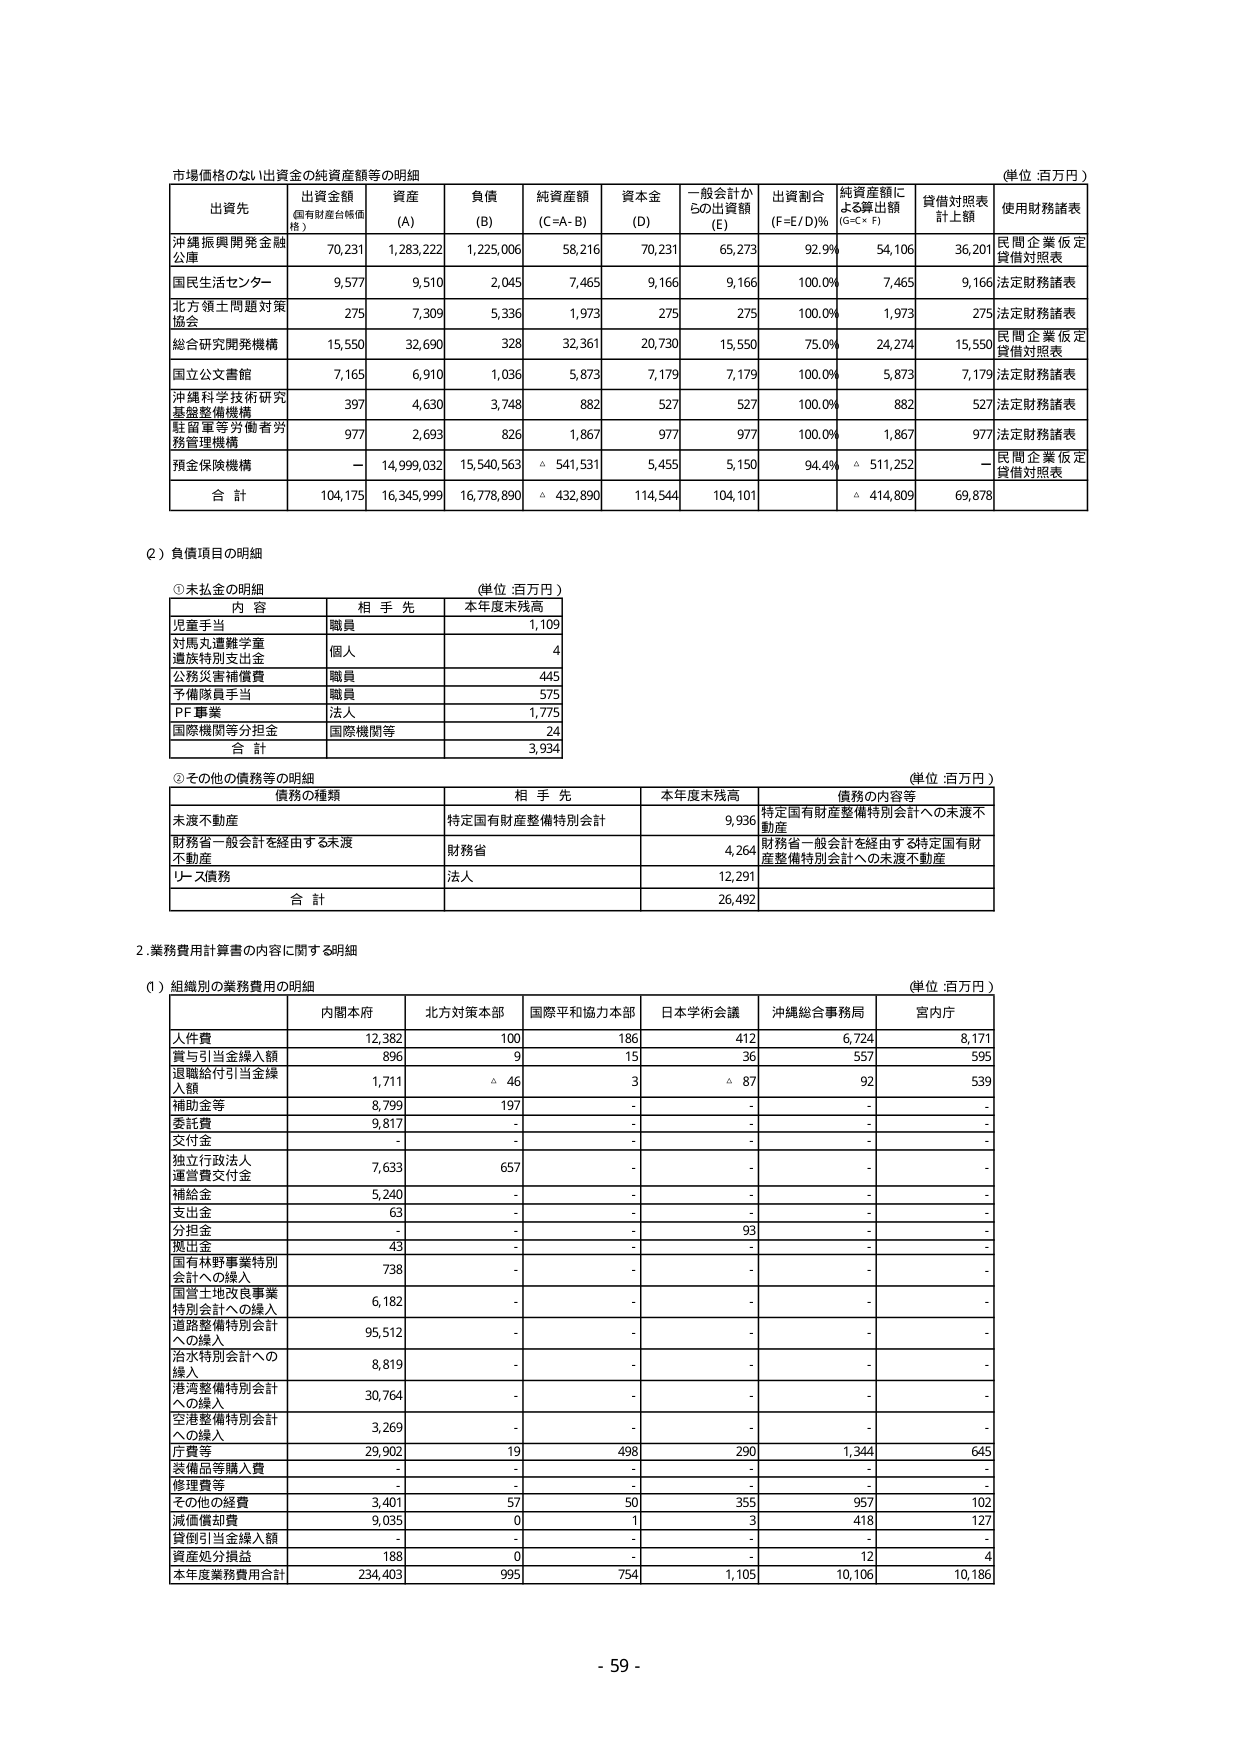
市場価格のない出資金の純資産額等の明細
(単位：百万円)

出資先 | 出資金額 (国有財産台帳価格) | 資産 (A) | 負債 (B) | 純資産額 (C=A-B) | 資本金 (D) | 一般会計からの出資額 (E) | 出資割合 (F=E/D)% | 純資産額による算出額 (G=C×F) | 貸借対照表計上額 | 使用財務諸表
--- | --- | --- | --- | --- | --- | --- | --- | --- | --- | ---
沖縄振興開発金融公庫 | 70,231 | 1,283,222 | 1,225,006 | 58,216 | 70,231 | 65,273 | 92.9% | 54,106 | 36,201 | 民間企業仮定貸借対照表
国民生活センター | 9,577 | 9,510 | 2,045 | 7,465 | 9,166 | 9,166 | 100.0% | 7,465 | 9,166 | 法定財務諸表
北方領土問題対策協会 | 275 | 7,309 | 5,336 | 1,973 | 275 | 275 | 100.0% | 1,973 | 275 | 法定財務諸表
総合研究開発機構 | 15,550 | 32,690 | 328 | 32,361 | 20,730 | 15,550 | 75.0% | 24,274 | 15,550 | 民間企業仮定貸借対照表
国立公文書館 | 7,165 | 6,910 | 1,036 | 5,873 | 7,179 | 7,179 | 100.0% | 5,873 | 7,179 | 法定財務諸表
沖縄科学技術研究基盤整備機構 | 397 | 4,630 | 3,748 | 882 | 527 | 527 | 100.0% | 882 | 527 | 法定財務諸表
駐留軍等労働者労務管理機構 | 977 | 2,693 | 826 | 1,867 | 977 | 977 | 100.0% | 1,867 | 977 | 法定財務諸表
預金保険機構 | - | 14,999,032 | 15,540,563 | △ 541,531 | 5,455 | 5,150 | 94.4% | △ 511,252 | - | 民間企業仮定貸借対照表
合計 | 104,175 | 16,345,999 | 16,778,890 | △ 432,890 | 114,544 | 104,101 | | △ 414,809 | 69,878 |

(2) 負債項目の明細

① 未払金の明細
(単位：百万円)
内容 | 相手先 | 本年度末残高
--- | --- | ---
児童手当 | 職員 | 1,109
対馬丸遭難学童遺族特別支出金 | 個人 | 4
公務災害補償費 | 職員 | 445
予備隊員手当 | 職員 | 575
PF事業 | 法人 | 1,775
国際機関等分担金 | 国際機関等 | 24
合計 | | 3,934

② その他の債務等の明細
(単位：百万円)
債務の種類 | 相手先 | 本年度末残高 | 債務の内容等
--- | --- | --- | ---
未渡不動産 | 特定国有財産整備特別会計 | 9,936 | 特定国有財産整備特別会計への未渡不動産
財務省一般会計を経由する未渡不動産 | 財務省 | 4,264 | 財務省一般会計を経由する特定国有財産整備特別会計への未渡不動産
リース債務 | 法人 | 12,291 |
合計 | | 26,492 |

2. 業務費用計算書の内容に関する明細

(1) 組織別の業務費用の明細
(単位：百万円)
| | 内閣本府 | 北方対策本部 | 国際平和協力本部 | 日本学術会議 | 沖縄総合事務局 | 宮内庁
--- | --- | --- | --- | --- | --- | ---
人件費 | 12,382 | 100 | 186 | 412 | 6,724 | 8,171
賞与引当金繰入額 | 896 | 9 | 15 | 36 | 557 | 595
退職給付引当金繰入額 | 1,711 | △ 46 | 3 | △ 87 | 92 | 539
補助金等 | 8,799 | 197 | - | - | - | -
委託費 | 9,817 | - | - | - | - | -
交付金 | - | - | - | - | - | -
独立行政法人運営費交付金 | 7,633 | 657 | - | - | - | -
補給金 | 5,240 | - | - | - | - | -
支出金 | 63 | - | - | - | - | -
分担金 | - | - | - | 93 | - | -
拠出金 | 43 | - | - | - | - | -
国有林野事業特別会計への繰入 | 738 | - | - | - | - | -
国営土地改良事業特別会計への繰入 | 6,182 | - | - | - | - | -
道路整備特別会計への繰入 | 95,512 | - | - | - | - | -
治水特別会計への繰入 | 8,819 | - | - | - | - | -
港湾整備特別会計への繰入 | 30,764 | - | - | - | - | -
空港整備特別会計への繰入 | 3,269 | - | - | - | - | -
庁費等 | 29,902 | 19 | 498 | 290 | 1,344 | 645
装備品等購入費 | - | - | - | - | - | -
修理費等 | - | - | - | - | - | -
その他の経費 | 3,401 | 57 | 50 | 355 | 957 | 102
減価償却費 | 9,035 | 0 | 1 | 3 | 418 | 127
貸倒引当金繰入額 | - | - | - | - | - | -
資産処分損益 | 188 | 0 | - | - | 12 | 4
本年度業務費用合計 | 234,403 | 995 | 754 | 1,105 | 10,106 | 10,186

- 59 -